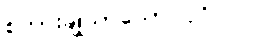
စကားချိုသာသော ပုဂ္ဂိုလ်။